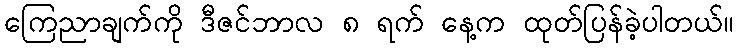
ကြေညာချက်ကို ဒီဇင်ဘာလ ၈ ရက် နေ့က ထုတ်ပြန်ခဲ့ပါတယ်။